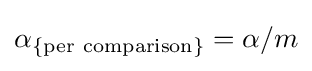
\alpha _{\mathrm {\{per\ comparison\}} }={\alpha }/m